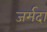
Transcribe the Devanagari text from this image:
जर्मदा